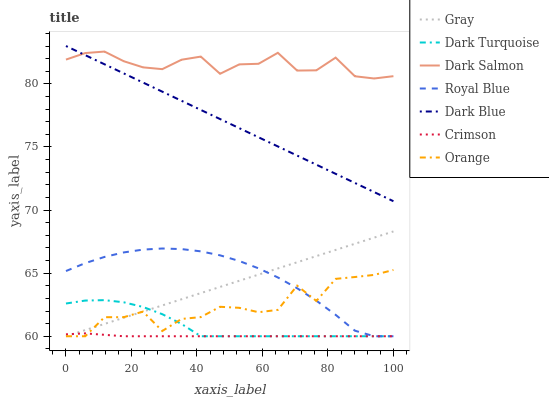
| xaxis_label | Gray | Dark Turquoise | Dark Salmon | Royal Blue | Dark Blue | Crimson | Orange |
 | --- | --- | --- | --- | --- | --- | --- | --- |
 | 0 | 60 | 62.6 | 81.9 | 65.2 | 83 | 60.2 | 60 |
 | 5.88 | 60.5 | 62.8 | 82.4 | 65.8 | 82.3 | 60.2 | 60 |
 | 11.8 | 61 | 62.9 | 82.6 | 66.3 | 81.6 | 60.1 | 61.5 |
 | 17.6 | 61.5 | 62.7 | 81.8 | 66.6 | 80.8 | 60 | 61.5 |
 | 23.5 | 62 | 62.3 | 81.3 | 66.9 | 80.1 | 60 | 62 |
 | 29.4 | 62.4 | 61.7 | 81.2 | 67 | 79.4 | 60 | 60.4 |
 | 35.3 | 62.9 | 61 | 81.9 | 66.9 | 78.7 | 60 | 61.4 |
 | 41.2 | 63.4 | 60 | 82.2 | 66.7 | 77.9 | 60 | 61.5 |
 | 47.1 | 63.9 | 60 | 80.8 | 66.4 | 77.2 | 60 | 62.3 |
 | 52.9 | 64.4 | 60 | 81.5 | 66 | 76.5 | 60 | 62.3 |
 | 58.8 | 64.9 | 60 | 81.6 | 65.4 | 75.8 | 60 | 61.9 |
 | 64.7 | 65.4 | 60 | 82.5 | 64.7 | 75 | 60 | 62.1 |
 | 70.6 | 65.9 | 60 | 81.1 | 63.8 | 74.3 | 60 | 64 |
 | 76.5 | 66.4 | 60 | 81.1 | 62.8 | 73.6 | 60 | 62.8 |
 | 82.4 | 66.8 | 60 | 82.1 | 61.7 | 72.9 | 60 | 64.5 |
 | 88.2 | 67.3 | 60 | 80.6 | 60.4 | 72.1 | 60 | 64.7 |
 | 94.1 | 67.8 | 60 | 80.4 | 60 | 71.4 | 60 | 64.9 |
 | 100 | 68.3 | 60 | 80.6 | 60 | 70.7 | 60 | 65.3 |